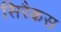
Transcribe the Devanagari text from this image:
सिरैकस